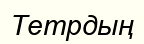
Тетрдың